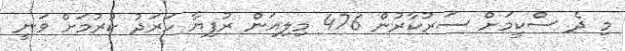
މި ދެ ސްކީމަށް ސަރުކާރުން 476 މިލިއަން ރުފިޔާ ހަރަދު ކުރުމަށް ވަނީ